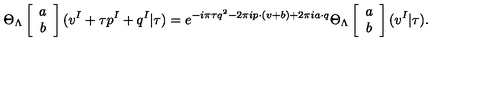
\Theta _ { \Lambda } \left[ \begin{array} { c } { a } \\ { b } \\ \end{array} \right] ( v ^ { I } + \tau p ^ { I } + q ^ { I } | \tau ) = e ^ { - i \pi \tau q ^ { 2 } - 2 \pi i p \cdot ( v + b ) + 2 \pi i a \cdot q } \Theta _ { \Lambda } \left[ \begin{array} { c } { a } \\ { b } \\ \end{array} \right] ( v ^ { I } | \tau ) .